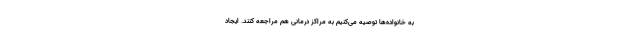
به خانواده‌ها توصیه می‌کنیم به مراکز درمانی هم مراجعه کنند. ایجاد